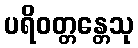
ပရိဝတ္တန္တေသု